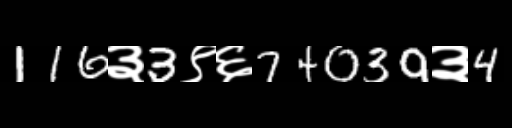
Text: 116३3९६74039३4